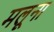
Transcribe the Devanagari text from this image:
मलूना